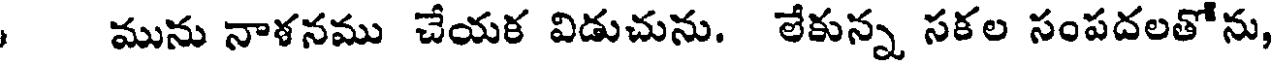
మును నాళనము చేయక విడుచును. లేకున్న సకల సంపదలతోను,